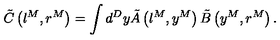
\tilde { C } \left( l ^ { M } , r ^ { M } \right) = \int d ^ { D } y \tilde { A } \left( l ^ { M } , y ^ { M } \right) \tilde { B } \left( y ^ { M } , r ^ { M } \right) .